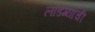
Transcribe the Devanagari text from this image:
लांडग्यांची